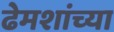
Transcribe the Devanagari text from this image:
ढेमशांच्या